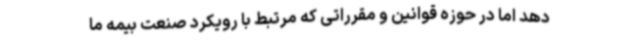
دهد اما در حوزه قوانین و مقرراتی که مرتبط با رویکرد صنعت بیمه ما